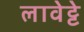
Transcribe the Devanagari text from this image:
लावेट्टे